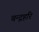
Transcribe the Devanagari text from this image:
चन्द्रहरि